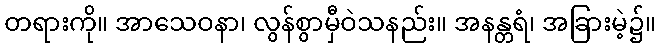
တရားကို။ အာသေဝနာ၊ လွန်စွာမှီဝဲသနည်း။ အနန္တရံ၊ အခြားမဲ့၌။